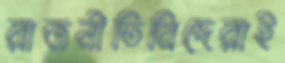
রাজনীতিবিদেরাই